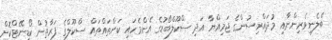
ބެލެނިވެރިންނާއި މުދައްރިސުންގެ ޖަމިއްޔާ އަދި ސްކޫލްބޯޑުގެ އެންމެހައި ކަންތައްތައް ސްކޫލްގެ ފަރާތުން ކޯޑިނޭޓްކޮށް